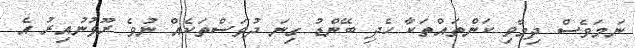
ނަމަވެސް ދިމާވި ކަންތައްތަކާ ހެދި ބޭންޑު ގިނަ ދުވަސްތަކެއް ނުވެ ރޫޅުނުއިރު އެ